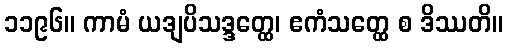
၁၁၉၆။ ကာမံ ယဒျပိသဒ္ဒတ္ထေ၊ ဧကံသတ္ထေ စ ဒိဿတိ။